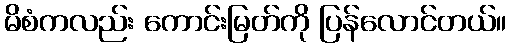
မိစံကလည်း ကောင်းမြတ်ကို ပြန်လောင်တယ်။